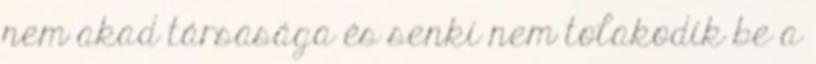
nem akad társasága és senki nem tolakodik be a